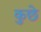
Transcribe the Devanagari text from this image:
कुछे